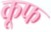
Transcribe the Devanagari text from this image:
कूफ